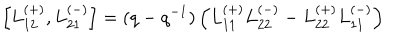
\left[ L _ { 1 2 } ^ { ( + ) } , L _ { 2 1 } ^ { ( - ) } \right] = ( q - q ^ { - 1 } ) \left( L _ { 1 1 } ^ { ( + ) } L _ { 2 2 } ^ { ( - ) } - L _ { 2 2 } ^ { ( + ) } L _ { 1 1 } ^ { ( - ) } \right)